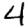
Digit: 4